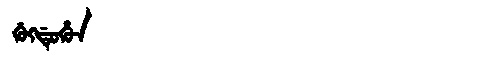
Manchu: ᡤᡠᡴᡩᡠᡥᡠᠨ
Romanization: GUKDUHUN